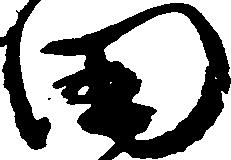
田